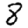
Digit: 8